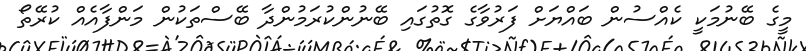
މީގެ ބޭނުމަކީ ކެއްސުން ބައްޔަށް ފަރުވާގެ ގޮތުގައި ބޭނުންކުރަމުންދާ ބޭސްތަކުން މަންފާއެއް ކުރޭތޯ